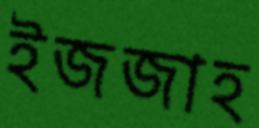
ইজজাহ